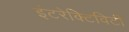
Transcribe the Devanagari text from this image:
इंटरेक्टिविटी